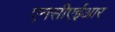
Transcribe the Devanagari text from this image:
एनसीएईआर